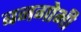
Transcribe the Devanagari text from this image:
बनगोभी